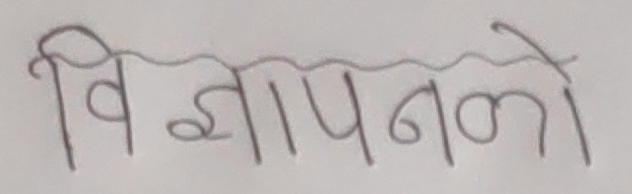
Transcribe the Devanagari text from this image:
विज्ञापनको